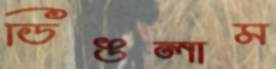
ডিঙলাম